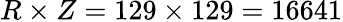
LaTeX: R\times Z=129\times 129=16641